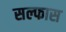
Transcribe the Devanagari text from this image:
सल्फास